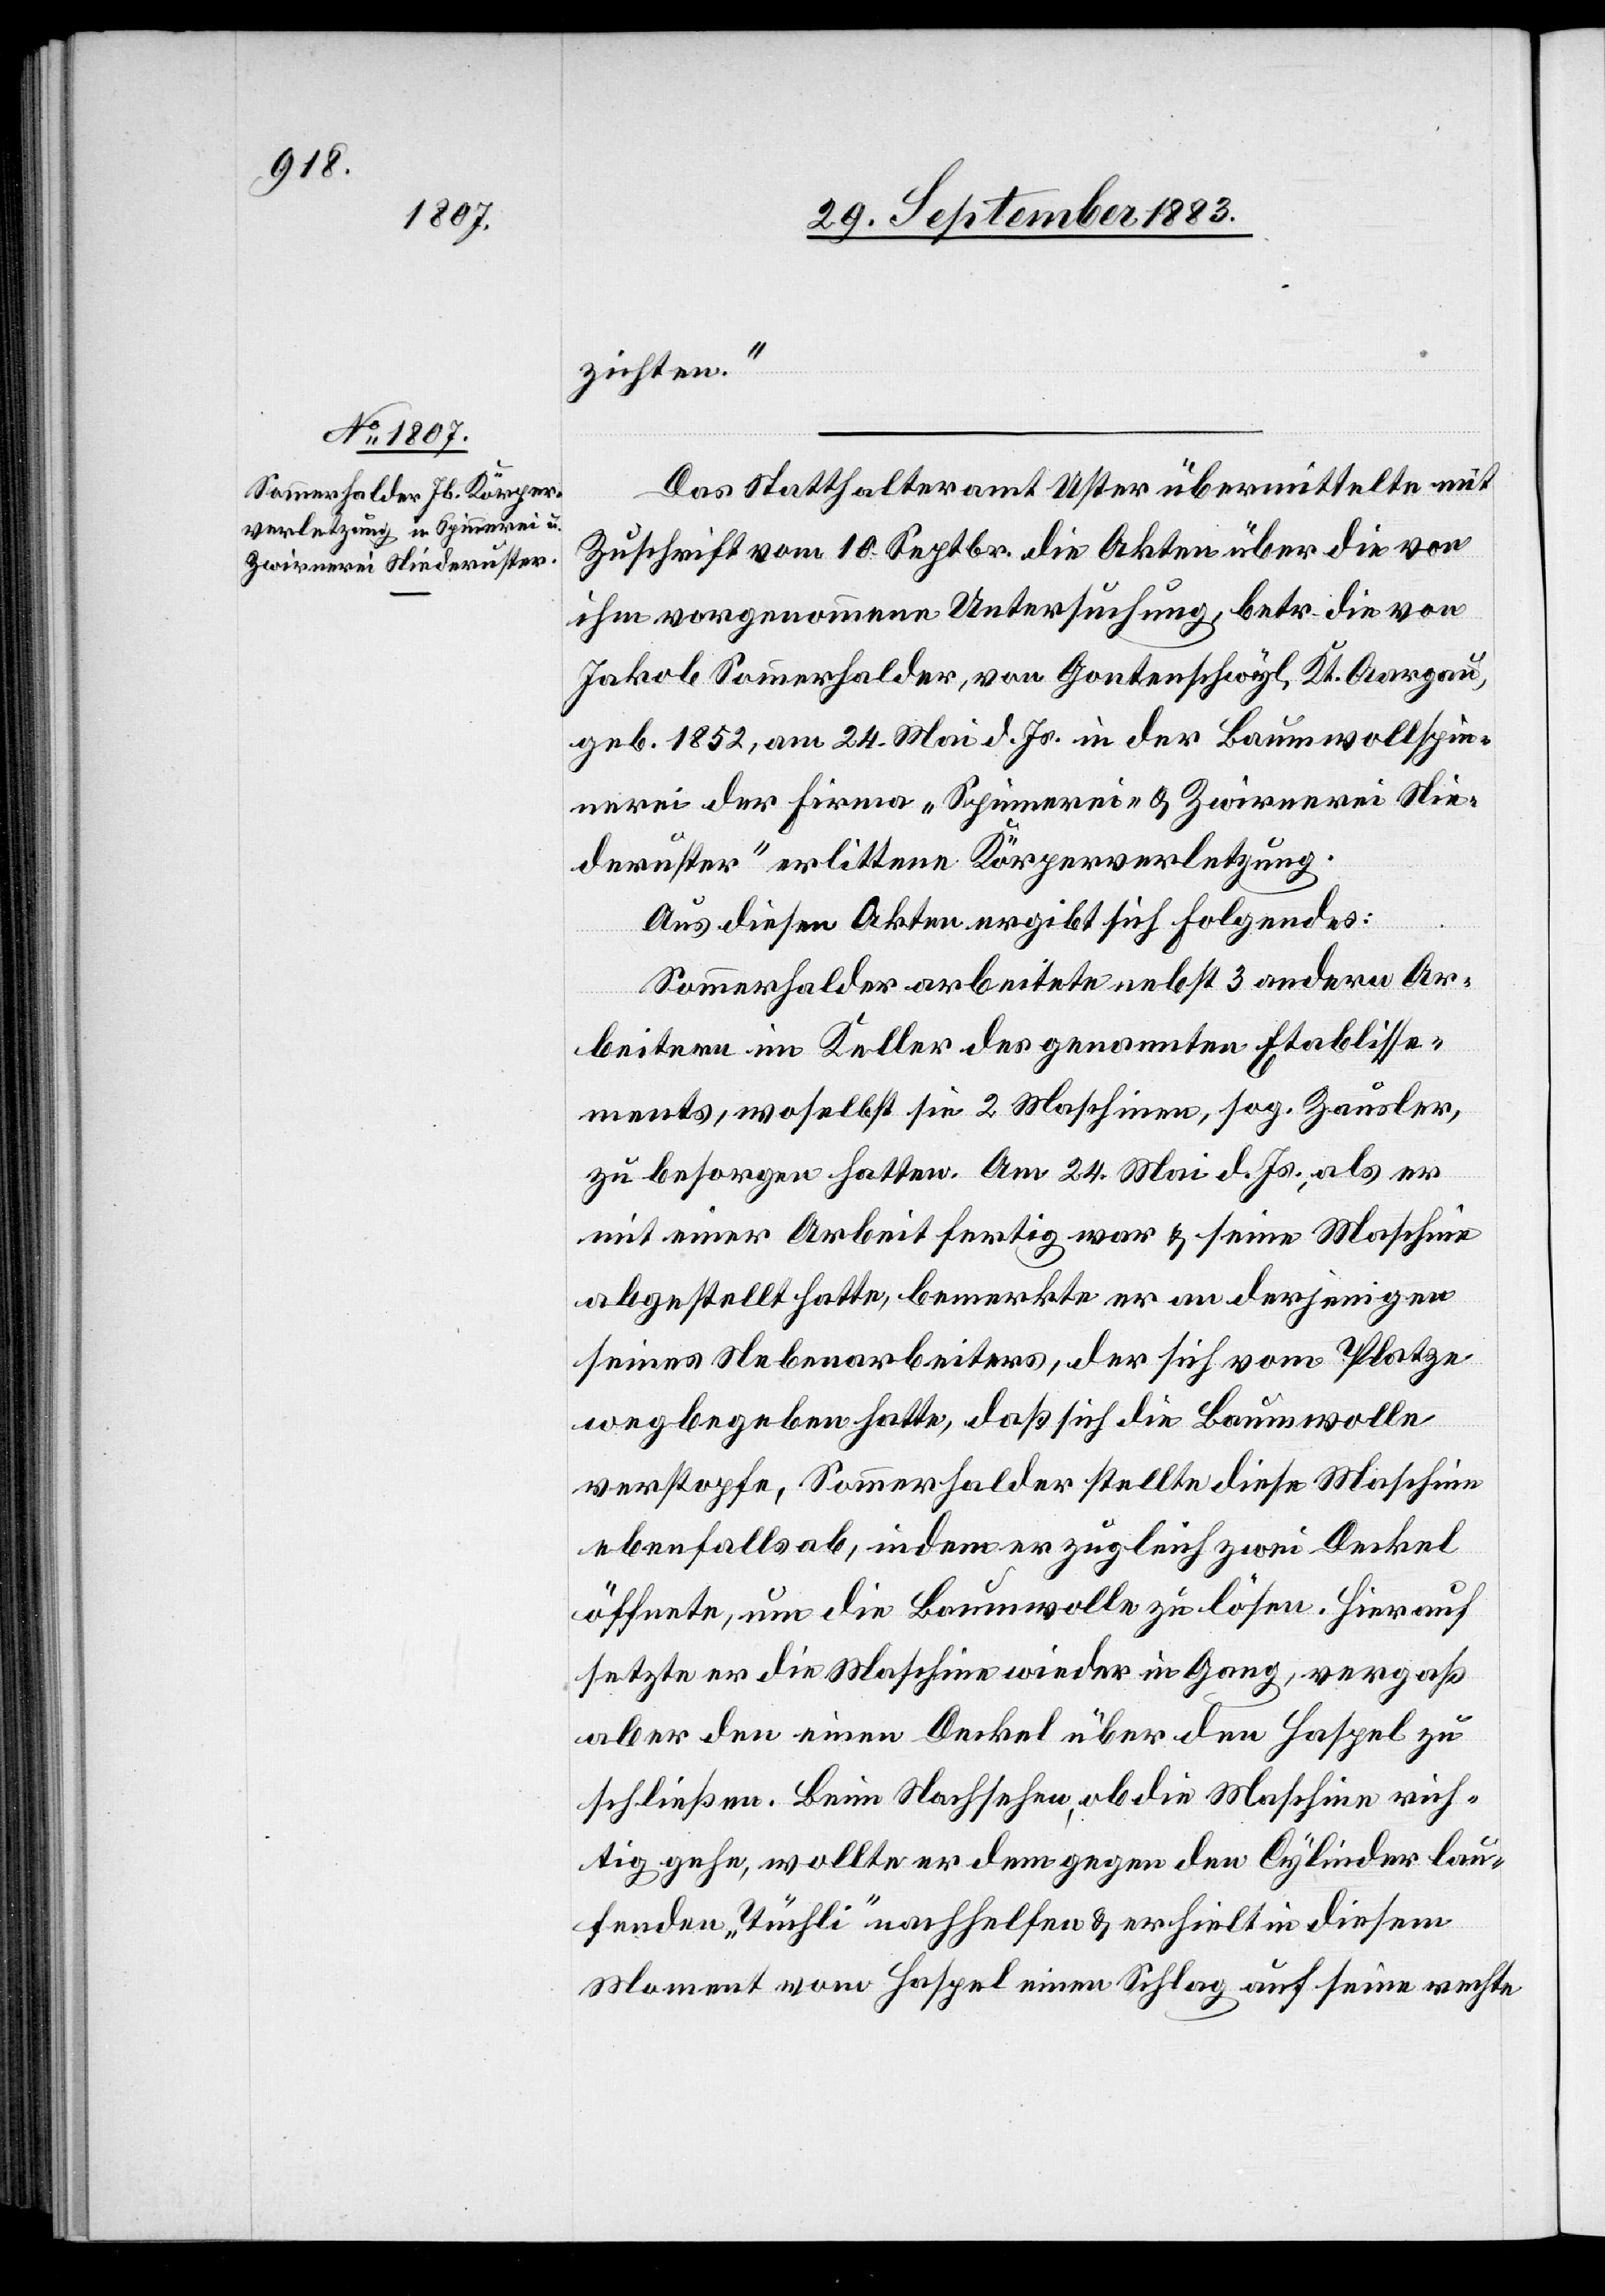
zichten.“
Das Statthalteramt Uster übermittelte mit
Zuschrift vom 10. Septbr. die Akten über die von
ihm vorgenommene Untersuchung, betr. die von
Jakob Sommerhalder, von Gontenschwyl, Kt. Aargau,
geb. 1852, am 24. Mai d. Js. in der Baumwollspin¬
nerei der Firma „Spinnerei- [sic!] & Zwirnerei Nie¬
deruster“ erlittene Körperverletzung.
Aus diesen Akten ergibt sich Folgendes:
Sommerhalder arbeitete nebst 3 andern Ar¬
beitern im Keller des genannten Etablisse¬
ments, woselbst sie 2 Maschinen, sog. Zausler,
zu besorgen hatten. Am 24 Mai d. Js., als er
mit einer Arbeit fertig war & seine Maschine
abgestellt hatte, bemerkte er an derjenigen
seines Nebenarbeiters, der sich vom Platze
wegbegeben hatte, daß sich die Baumwolle
verstopf[t]e. Sommerhalder stellte diese Maschine
ebenfalls ab, indem er zugleich zwei Deckel
öffnete, um die Baumwolle zu lösen. Hierauf
setzte er die Maschine wieder in Gang, vergaß
aber den einen Deckel über den Haspel zu
schließen. Beim Nachsehen, ob die Maschine rich¬
tig gehe, wollte er dem gegen den Cylinder lau¬
fenden „Tüchli“ nachhelfen & erhielt in diesem
Moment vom Haspel einen Schlag auf seine rechte